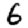
Digit: 6